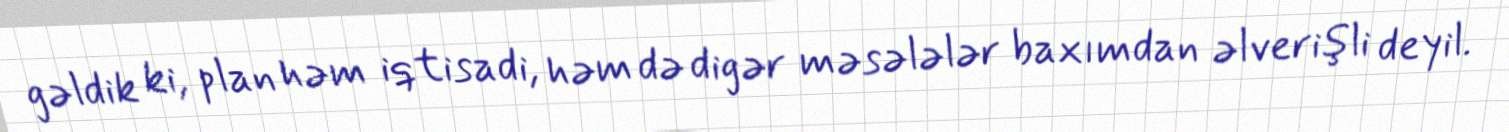
gəldik ki, plan həm iqtisadi, həm də digər məsələlər baxımdan əlverişli deyil.